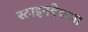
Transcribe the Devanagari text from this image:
स्टाइनबेकला